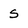
Character: S